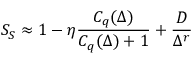
S _ { S } \approx 1 - \eta \frac { C _ { q } ( \Delta ) } { C _ { q } ( \Delta ) + 1 } + \frac { D } { \Delta ^ { r } }